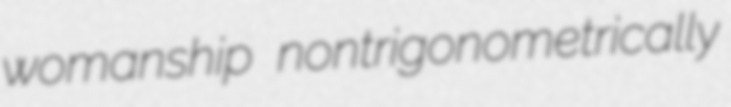
womanship nontrigonometrically